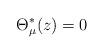
LaTeX: \begin{align*}\Theta^*_\mu(z)=0\end{align*}